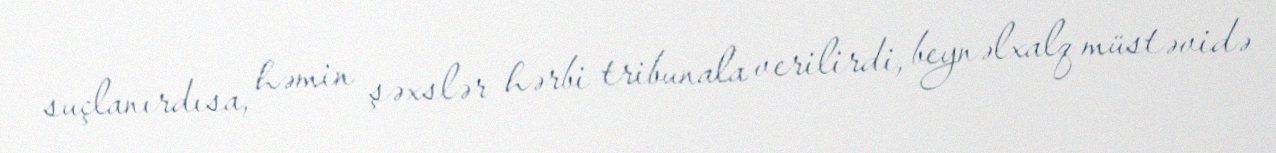
suçlanırdısa, həmin şəxslər hərbi tribunala verilirdi, beynəlxalq müstəvidə